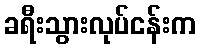
ခရီးသွားလုပ်ငန်းက